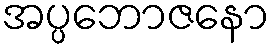
အပ္ပဘောဇနော